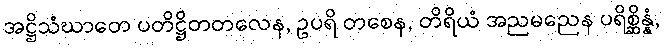
အဋ္ဌိသံဃာတေ ပတိဋ္ဌိတတလေန, ဥပရိ တစေန, တိရိယံ အညမညေန ပရိစ္ဆိန္နံ,